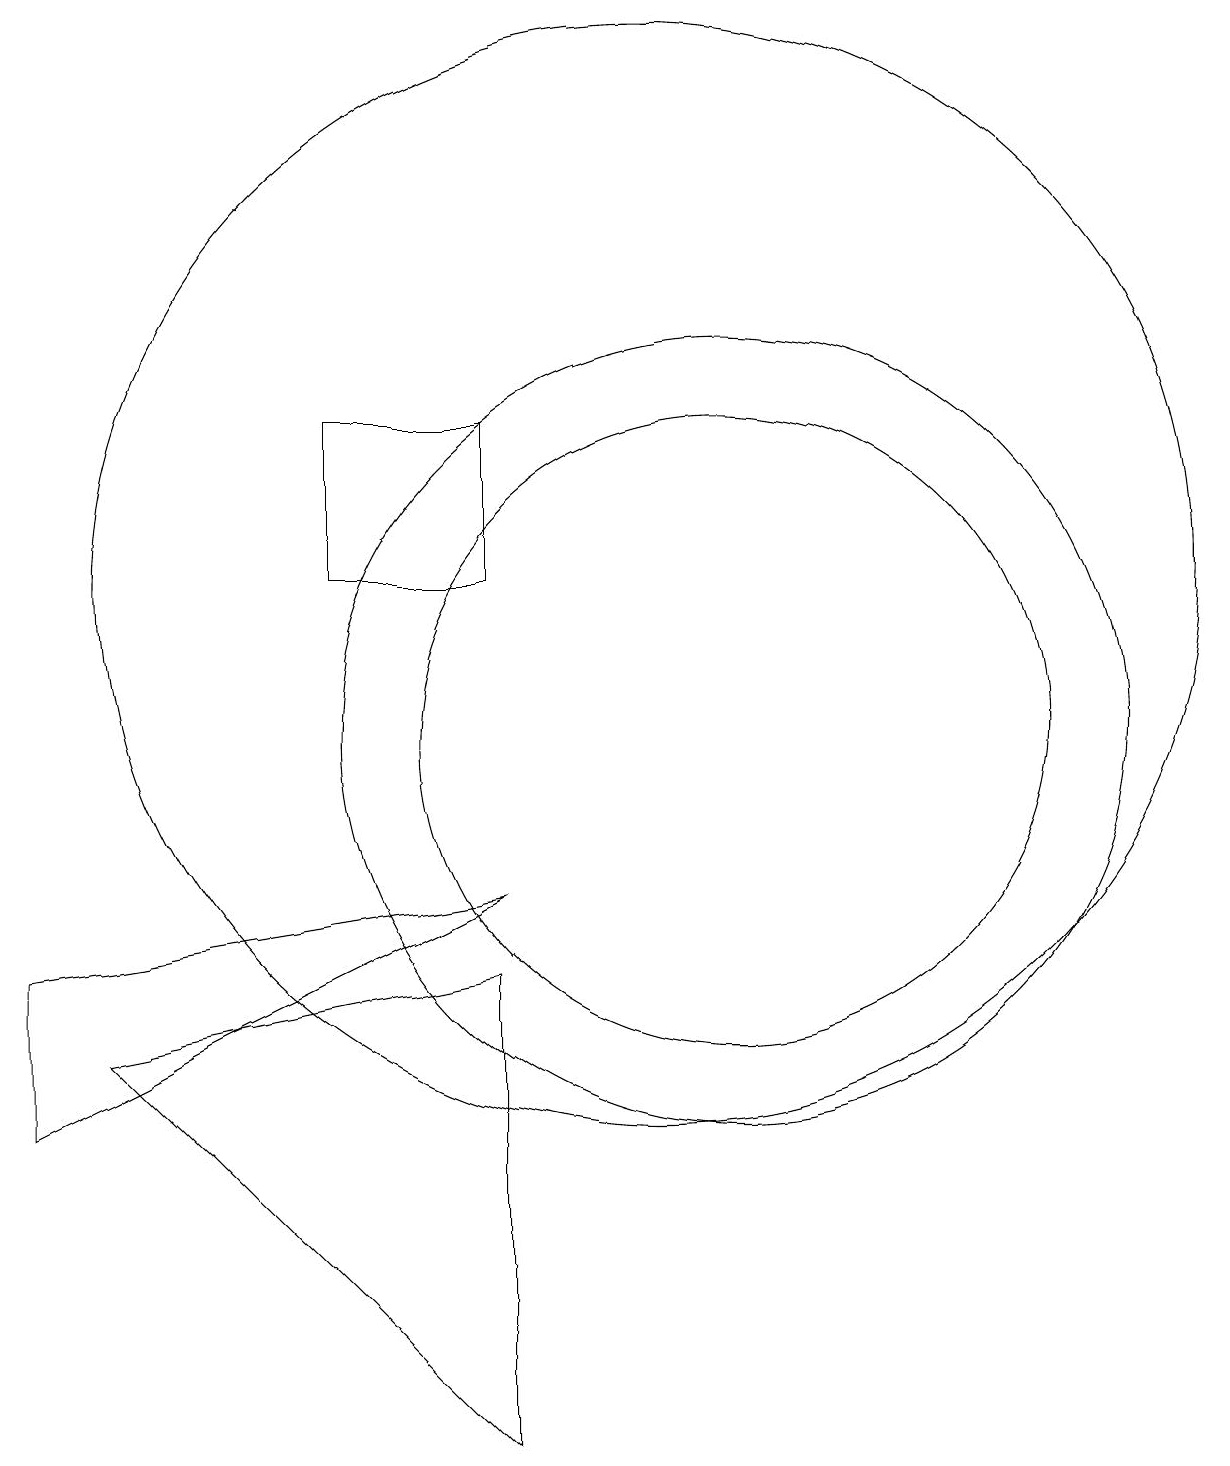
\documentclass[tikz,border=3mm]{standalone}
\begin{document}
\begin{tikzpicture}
\draw (2,7) -- (8,8) -- (2,5) -- cycle;
\draw (8,7) -- (3,6) -- (8,1) -- cycle;
\draw (10,12) circle (7);
\draw (11,10) circle (4);
\draw (6,14) rectangle (8,12);
\draw (11,10) circle (5);
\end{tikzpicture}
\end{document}